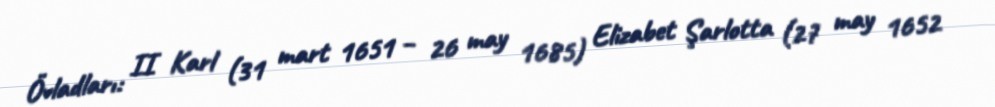
Övladları: II Karl (31 mart 1651 – 26 may 1685) Elizabet Şarlotta (27 may 1652